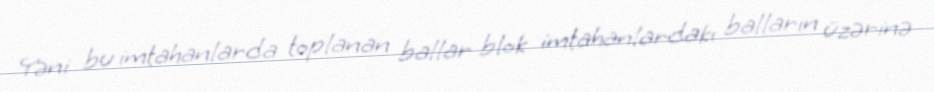
Yəni bu imtahanlarda toplanan ballar blok imtahanlardakı balların üzərinə